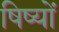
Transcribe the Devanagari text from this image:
षिष्यों